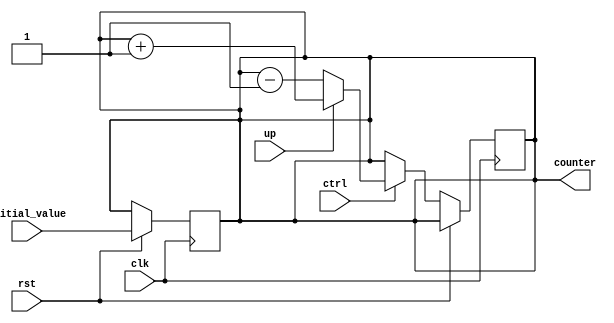
module Up_Down_Counter (
    input wire clk, // Clock input
    input wire rst, // Reset input
    input wire ctrl, // Control signal input
    input wire up, // Direction control input (up or down)
    input wire [7:0] initial_value, // Initial counter value input
    output reg [7:0] counter // Counter output
);

reg [7:0] next_value; // Next value of the counter

always @(posedge clk)
begin
    if (rst) begin
        counter <= initial_value; // Reset counter to initial value
    end else begin
        if (ctrl) begin
            if (up) begin
                next_value <= counter + 1; // Increment counter
            end else begin
                next_value <= counter - 1; // Decrement counter
            end
        end else begin
            next_value <= counter; // Do not change counter value
        end
    end
end

always @*
begin
    counter <= next_value; // Update counter value
end

endmodule